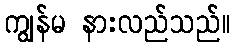
ကျွန်မ နားလည်သည်။